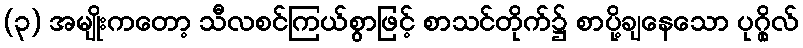
(၃) အမျိုးကတော့ သီလစင်ကြယ်စွာဖြင့် စာသင်တိုက်၌ စာပို့ချနေသော ပုဂ္ဂိုလ်